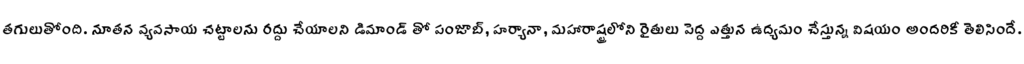
తగులుతోంది. నూతన వ్యవసాయ చట్టాలను రద్దు చేయాలని డిమాండ్ తో పంజాబ్, హర్యానా, మహారాష్ట్రలోని రైతులు పెద్ద ఎత్తున ఉద్యమం చేస్తున్న విషయం అందరికీ తెలిసిందే.